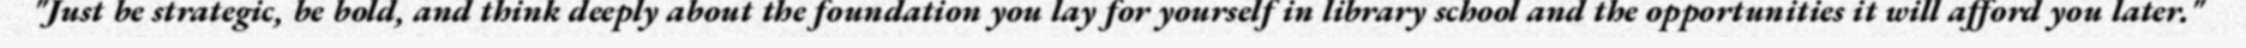
"Just be strategic, be bold, and think deeply about the foundation you lay for yourself in library school and the opportunities it will afford you later."